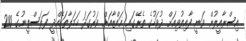
އިސްރާއީލުން ވަނީ ފާއިތުވިއަށް ދުވަހުގެ ތެރޭގައި ޣައްޒާއަށް ވަރުގަދަ ހަމަލާތަކެއްދީ ފަލަސްތީނުގެ 200